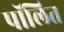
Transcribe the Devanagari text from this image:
पॉलित